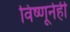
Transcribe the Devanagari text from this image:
विष्णूनेही